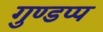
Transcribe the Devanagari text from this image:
गुण्डप्प